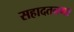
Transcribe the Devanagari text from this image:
सहादतनगर